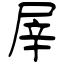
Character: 屖